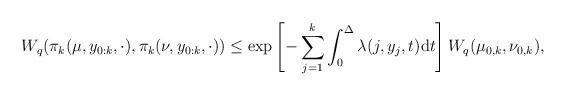
LaTeX: \begin{align*}W_{q}(\pi_{k}(\mu,y_{0:k},\cdot),\pi_{k}(\nu,y_{0:k},\cdot))\leq\exp\left[-\sum_{j=1}^{k}\int_{0}^{\Delta}\lambda(j,y_{j},t)\mathrm{d}t\right]W_{q}(\mu_{0,k},\nu_{0,k}),\end{align*}